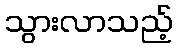
သွားလာသည့်